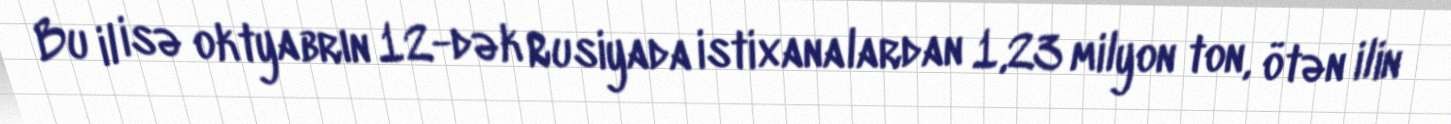
Bu il isə oktyabrın 12-dək Rusiyada istixanalardan 1,23 milyon ton, ötən ilin